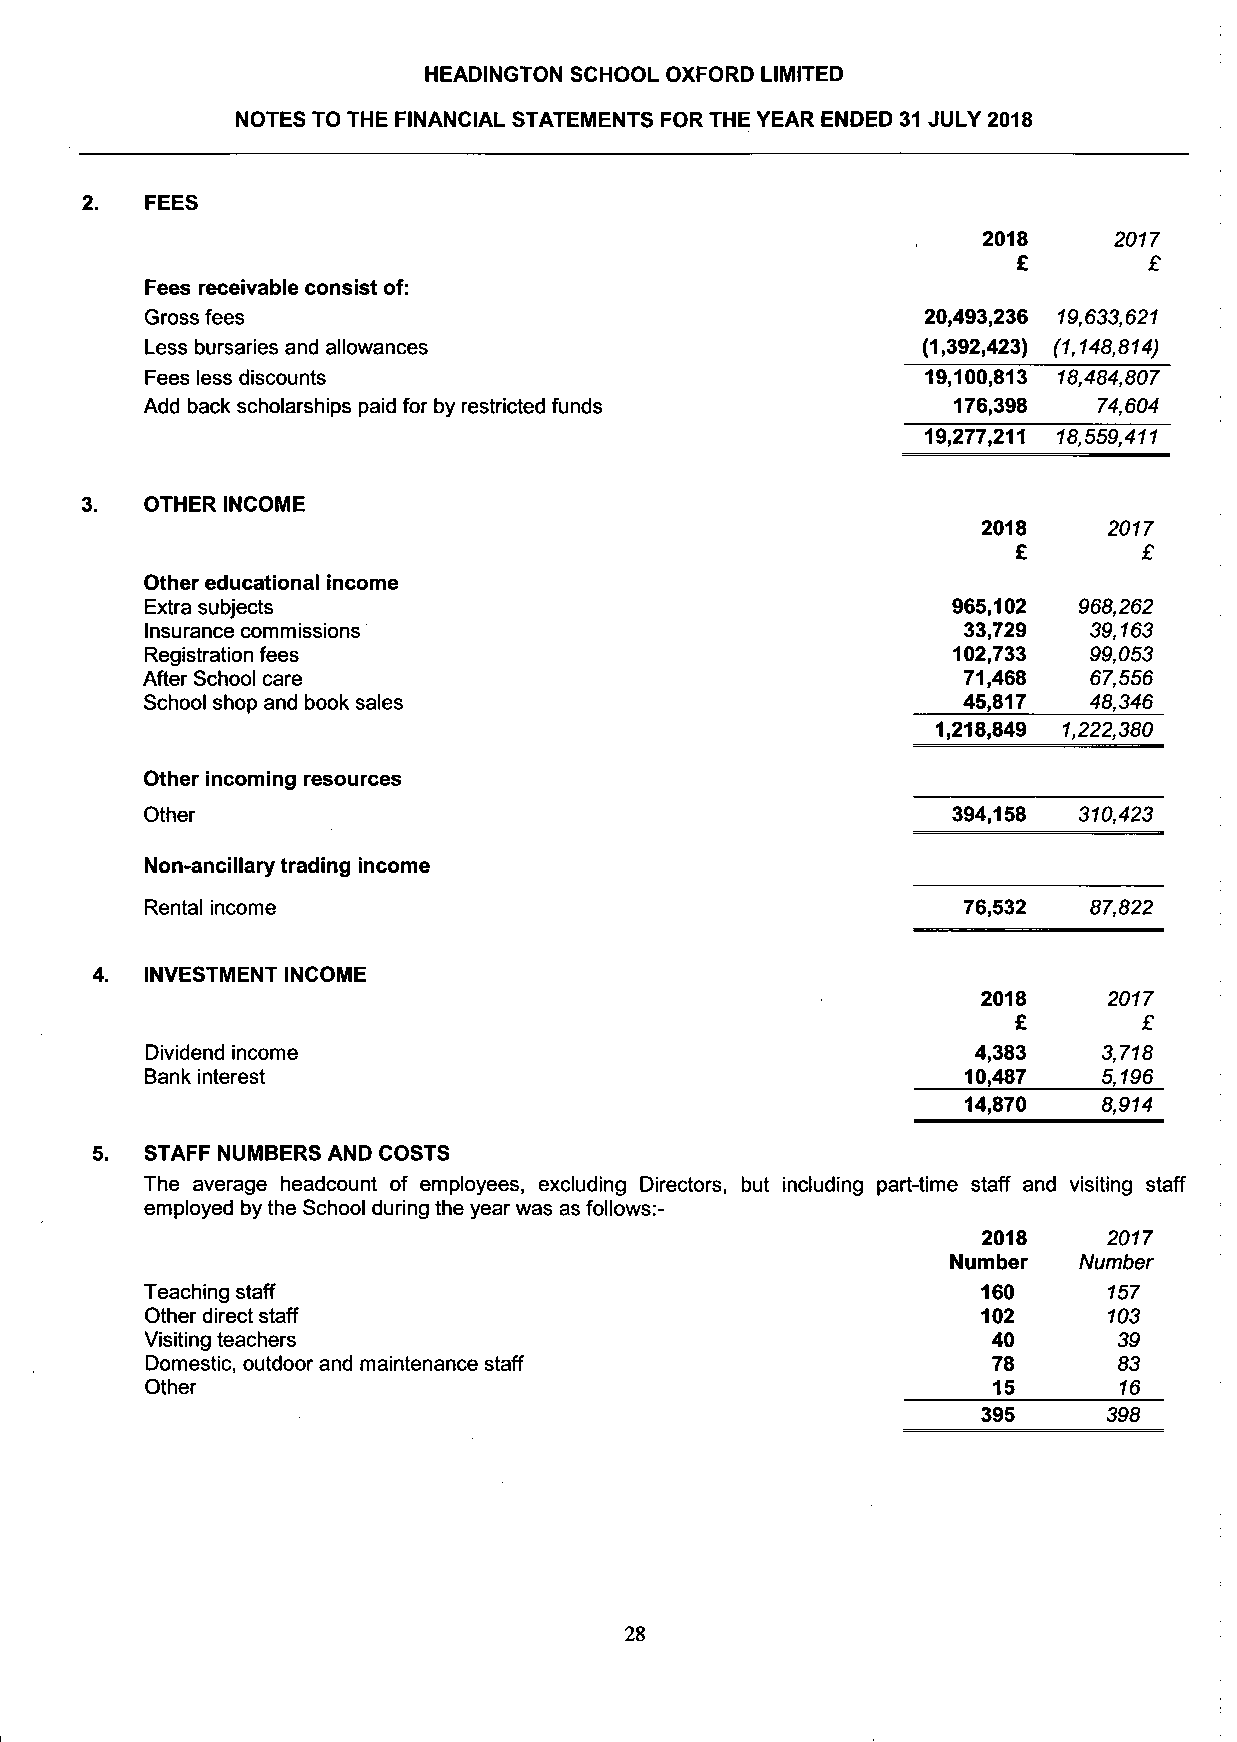
HEADINGTON SCHOOL OXFORD LIMITED
 NOTES TO THE FINANCIAL STATEMENTS FOR THE YEAR ENDED 31 JULY 2018
 2.   FEES
 2018     2017
 £        £
 Fees receivable consist of:
 Gross fees                                         20,493,236 19,633,621
 Less bursaries and allowances                      (1,392,423) (1,148,814)
 Fees less discounts                                19,100,813 18,484,807
 Add back scholarships paid for by restricted funds   176,398   74,604
 19,277,211 18,559,411
 OTHER INCOME
 2018    2017
 £        £
 Other educational income
 Extra subjects                                       965,102 968,262
 Insurance commissions                                 33,729  39,163
 Registration fees                                    102,733  99,053
 After School care                                      71,468  67,556
 School shop and book sales                            45,817  48,346
 1,218,849 1,222,380
 Other incoming resources
 Other                                                394,158 310,423
 Non-ancillary trading income
 Rental income                                         76,532  87,822
 INVESTMENT INCOME
 2018    2017
 £        £
 Dividend income                                        4,383   3,718
 Bank interest                                         10,487   5,196
 14,870   8,914
 STAFF NUMBERS AND COSTS
 The average headcount of employees, excluding Directors, but including part-time staff and visiting ste
 employed by the School during the year was as follows:-
 2018    2017
 Number  Number
 Teaching staff                                         160     157
 Other direct staff                                     102     103
 Visiting teachers                                       40      39
 Domestic, outdoor and maintenance staff                 78      83
 Other                                                   15      16
 395     398
 28